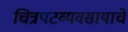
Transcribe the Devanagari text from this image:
चित्रपटव्यवसायाचे